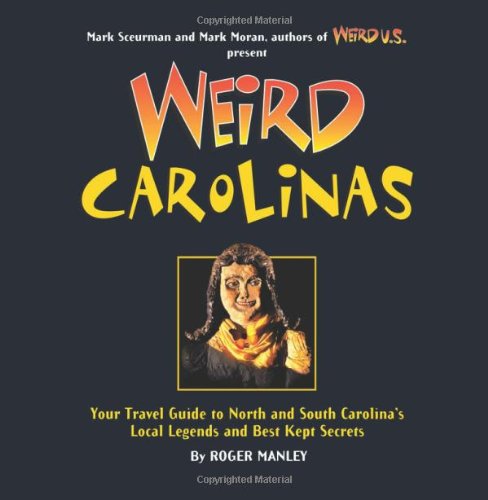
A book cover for Weird Carolinas: Your Travel Guide to North and South Carolina's Local Legends and Best Kept Secrets; Roger Manley; Humor & Entertainment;